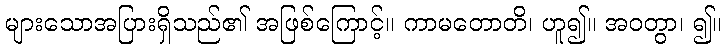
များသောအပြားရှိသည်၏ အဖြစ်ကြောင့်။ ကာမတောတိ၊ ဟူ၍။ အဝတွာ၊ ၍။